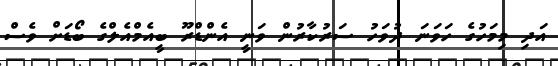
އަދި މިމަހުގެ ހަވަނަ ދުވަހު ސަރުކާރުން ވަނީ އެންޑްރޫ ބީއެމްއެލްގެ ބޯޑަށް ވެސް